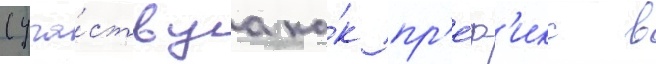
(уча́ствуа ка́к пр'е́ф'икс в